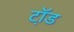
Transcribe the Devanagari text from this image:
टॉ़ड